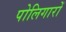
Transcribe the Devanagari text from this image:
पोलिगारों